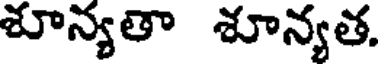
శూన్యతా శూన్యత.